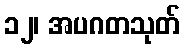
၁၂၊ အပဂတသုတ်